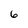
Character: 6